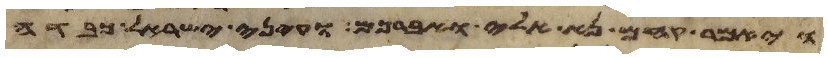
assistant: ויאמר קחם נא אלי ואברכם ועיני ישראל כבדה